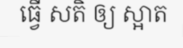
ធ្វើ សតិ ឲ្យ ស្អាត